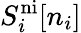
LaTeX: S_{i}^{\mathrm{ni}}[n_{i}]